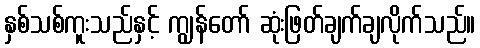
နှစ်သစ်ကူးသည်နှင့် ကျွန်တော် ဆုံးဖြတ်ချက်ချလိုက်သည်။